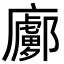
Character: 𢋽